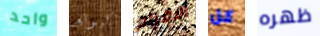
واحد كيونغ الاقزام كل ظهره